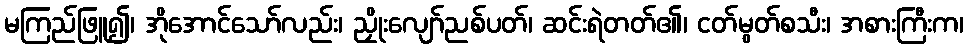
မကြည်ဖြူ၍၊ အိုအောင်သော်လည်း၊ ညှိုးလျော်ညစ်ပတ်၊ ဆင်းရဲတတ်၏၊ ငတ်မွတ်စသီး၊ အစားကြီးက၊